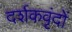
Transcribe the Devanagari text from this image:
दर्शकवृंदों